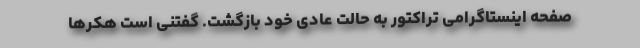
صفحه اینستاگرامی تراکتور به حالت عادی خود بازگشت. گفتنی است هکرها